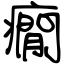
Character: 癇